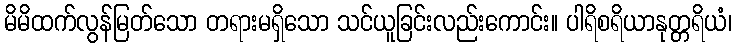
မိမိထက်လွန်မြတ်သော တရားမရှိသော သင်ယူခြင်းလည်းကောင်း။ ပါရိစရိယာနုတ္တရိယံ၊